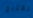
تقترح